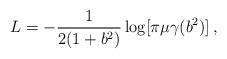
LaTeX: \begin{align*}L = -\frac{1}{2(1+b^2)}\log[\pi\mu\gamma(b^2)]\,,\end{align*}